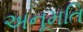
અનૂમતિ